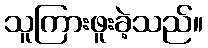
သူကြားဖူးခဲ့သည်။